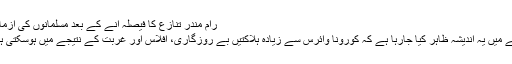
رام مندر تنازع کا فیصلہ آنے کے بعد مسلمانوں کی آزمائش
ایسے میں یہ اندیشہ ظاہر کیا جارہا ہے کہ کورونا وائرس سے زیادہ ہلاکتیں بے روزگاری، افلاس اور غربت کے نتیجے میں ہوسکتی ہیں ۔